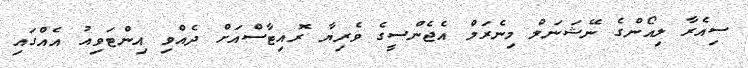
ސިއެރާ ލިއޯންގެ ނޭޝަނަލް މިނެރަލް އެޖެންސީގެ ވެރިޔާ ރޮއިޓާސްއަށް ދެއްވި އިންޓަވިއު އެއްގައި